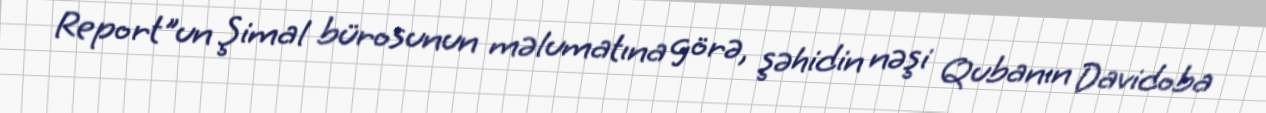
Report"un Şimal bürosunun məlumatına görə, şəhidin nəşi Qubanın Davidoba